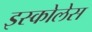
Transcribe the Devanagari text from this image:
इस्कोलेस